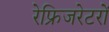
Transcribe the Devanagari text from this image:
रेफ्रिजरेटरों